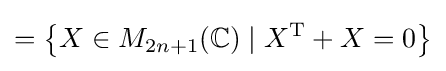
=\left\{X\in M_{2n+1}(\mathbb {C} )\mid X^{\mathrm {T} }+X=0\right\}